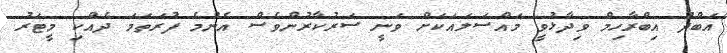
އަބްދު އިބްރާހިމް ވިދާޅުވީ މައްސަލައަކަށް ވަނީ ސަރުކާރުންވެސް އެންމެ ފުރަތަމަ ދެއްކި މީޓަރު